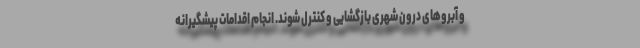
و آبروهای درون شهری بازگشایی و کنترل شوند. انجام اقدامات پیشگیرانه